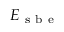
E _ { \mathrm { ~ s ~ b ~ e ~ } }